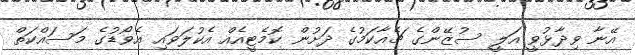
އޭނާ ވިދާޅުވީ އަލީ ސުޒޭންގެ ޗެއާކަމުގެ ދަށުން ކޮމެޓީއެއް އެކުލަވައި އެވޯޑުގެ މަސައްކަތް